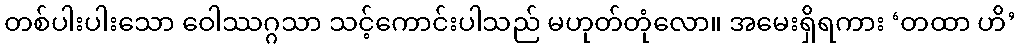
တစ်ပါးပါးသော ဝေါဿဂ္ဂသာ သင့်ကောင်းပါသည် မဟုတ်တုံလော။ အမေးရှိရကား ‘တထာ ဟိ’